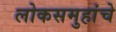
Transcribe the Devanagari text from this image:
लोकसमुहांचे